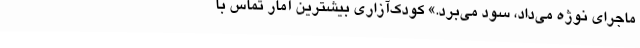
ماجرای نوژه می‌داد، سود می‌برد.» کودک‌آزاری بیشترین آمار تماس با